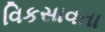
વિકસાવતા